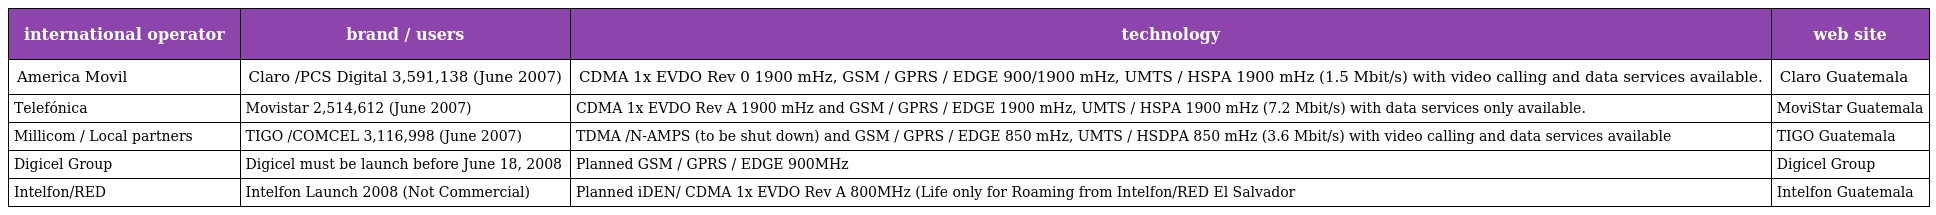
| international operator | brand / users | technology | web site |
 | --- | --- | --- | --- |
 | America Movil | Claro /PCS Digital 3,591,138 (June 2007) | CDMA 1x EVDO Rev 0 1900 mHz, GSM / GPRS / EDGE 900/1900 mHz, UMTS / HSPA 1900 mHz (1.5 Mbit/s) with video calling and data services available. | Claro Guatemala |
 | Telefónica | Movistar 2,514,612 (June 2007) | CDMA 1x EVDO Rev A 1900 mHz and GSM / GPRS / EDGE 1900 mHz, UMTS / HSPA 1900 mHz (7.2 Mbit/s) with data services only available. | MoviStar Guatemala |
 | Millicom / Local partners | TIGO /COMCEL 3,116,998 (June 2007) | TDMA /N-AMPS (to be shut down) and GSM / GPRS / EDGE 850 mHz, UMTS / HSDPA 850 mHz (3.6 Mbit/s) with video calling and data services available | TIGO Guatemala |
 | Digicel Group | Digicel must be launch before June 18, 2008 | Planned GSM / GPRS / EDGE 900MHz | Digicel Group |
 | Intelfon/RED | Intelfon Launch 2008 (Not Commercial) | Planned iDEN/ CDMA 1x EVDO Rev A 800MHz (Life only for Roaming from Intelfon/RED El Salvador | Intelfon Guatemala |